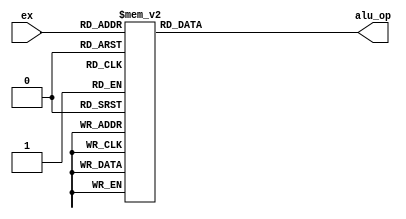
module AluCnt(ex, alu_op);
    parameter ADD = 3'd0;
    parameter SUB = 3'd1;
    parameter AND = 3'd2;
    parameter OR = 3'd3;
    parameter ADD_I = 3'd4;
    parameter SLT_I = 3'd5;
    parameter OR_I = 3'd6;
    parameter XOR_I = 3'd7;

    input [2:0] ex;
    output reg [2:0] alu_op;

    always@(ex)begin
        alu_op = 3'b0;
        case(ex)
            ADD: alu_op = 3'b000;
            SUB: alu_op = 3'b001;
            AND: alu_op = 3'b010;
            OR: alu_op = 3'b011;
            ADD_I: alu_op = 3'b000;
            SLT_I: alu_op = 3'b001;
            OR_I: alu_op = 3'b011;
            XOR_I: alu_op = 3'b100;
        endcase
    end

endmodule